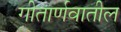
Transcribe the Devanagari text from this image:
गीतार्णवातील